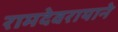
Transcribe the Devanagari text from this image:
रामदेवरायाने